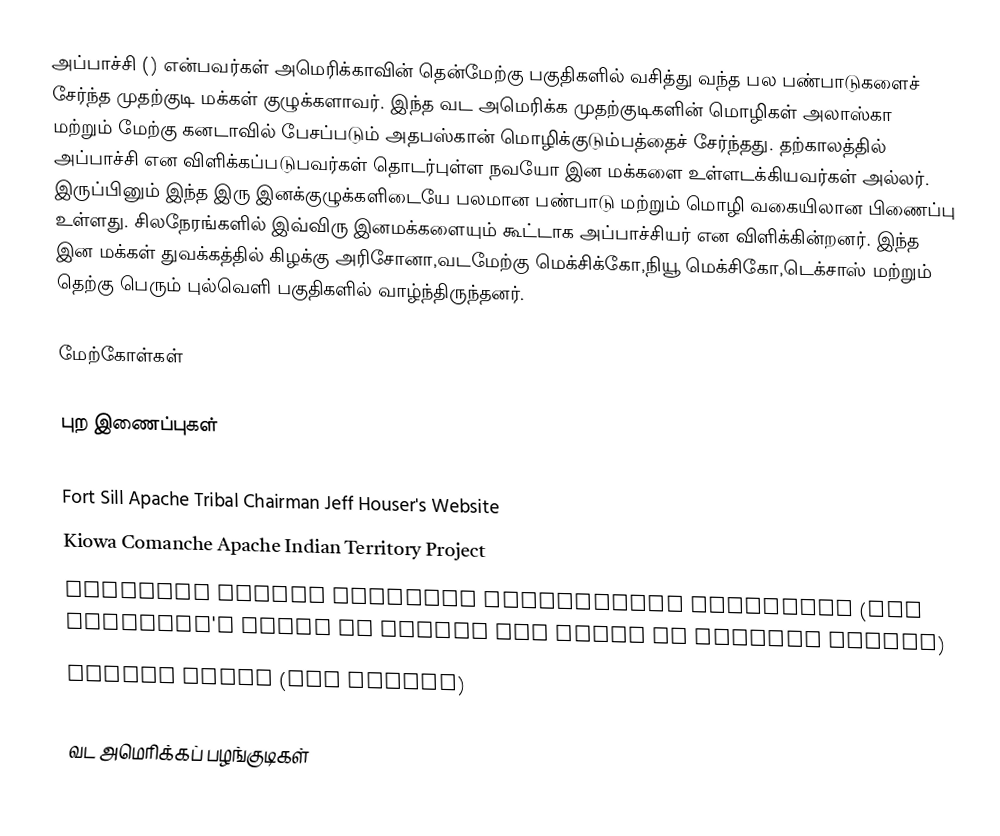
அப்பாச்சி () என்பவர்கள் அமெரிக்காவின் தென்மேற்கு பகுதிகளில் வசித்து வந்த பல பண்பாடுகளைச் சேர்ந்த முதற்குடி மக்கள் குழுக்களாவர். இந்த வட அமெரிக்க முதற்குடிகளின் மொழிகள் அலாஸ்கா மற்றும் மேற்கு கனடாவில் பேசப்படும் அதபஸ்கான் மொழிக்குடும்பத்தைச் சேர்ந்தது. தற்காலத்தில் அப்பாச்சி என விளிக்கப்படுபவர்கள் தொடர்புள்ள நவயோ இன மக்களை உள்ளடக்கியவர்கள் அல்லர். இருப்பினும் இந்த இரு இனக்குழுக்களிடையே பலமான பண்பாடு மற்றும் மொழி வகையிலான பிணைப்பு உள்ளது. சிலநேரங்களில் இவ்விரு இனமக்களையும் கூட்டாக அப்பாச்சியர் என விளிக்கின்றனர். இந்த இன மக்கள் துவக்கத்தில் கிழக்கு அரிசோனா,வடமேற்கு மெக்சிக்கோ,நியூ மெக்சிகோ,டெக்சாஸ் மற்றும் தெற்கு பெரும் புல்வெளி பகுதிகளில் வாழ்ந்திருந்தனர்.

மேற்கோள்கள்

புற இணைப்புகள்

 Fort Sill Apache Tribal Chairman Jeff Houser's Website
 Kiowa Comanche Apache Indian Territory Project
 American Indian Language Development Institute  (has children's video of Cactus Boy story in Western Apache)
 Apache Times  (San Carlos)

வட அமெரிக்கப் பழங்குடிகள்